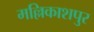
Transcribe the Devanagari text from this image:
मल्लिकाशपुर